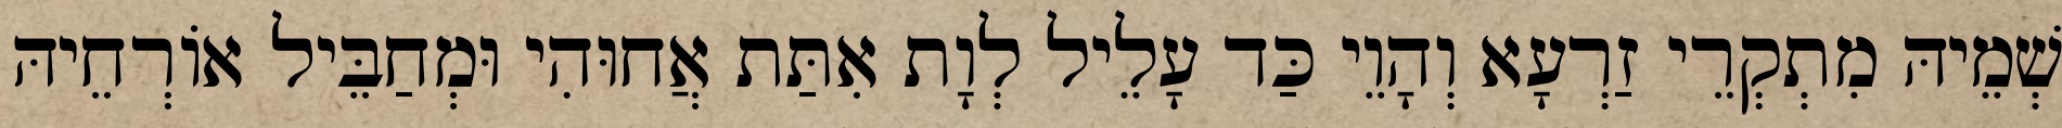
שְׁמֵיהּ מִתְקְרֵי זַרְעָא וְהָוֵי כַּד עָלֵיל לְוָת אִתַּת אֲחוּהִי וּמְחַבֵּיל אוֹרְחֵיהּ